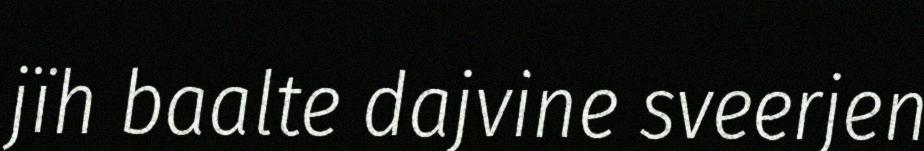
jïh baalte dajvine sveerjen